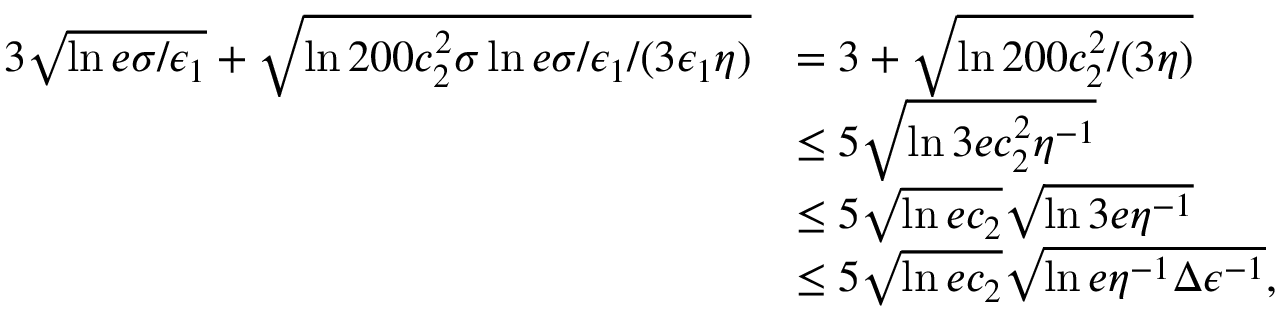
\begin{array} { r l } { 3 \sqrt { \ln { e \sigma / \epsilon _ { 1 } } } + \sqrt { \ln { 2 0 0 c _ { 2 } ^ { 2 } \sigma \ln { e \sigma / \epsilon _ { 1 } } / ( 3 \epsilon _ { 1 } \eta ) } } } & { = 3 + \sqrt { \ln { 2 0 0 c _ { 2 } ^ { 2 } / ( 3 \eta ) } } } \\ & { \le 5 \sqrt { \ln { 3 e c _ { 2 } ^ { 2 } \eta ^ { - 1 } } } } \\ & { \le 5 \sqrt { \ln { e c _ { 2 } } } \sqrt { \ln { 3 e \eta ^ { - 1 } } } } \\ & { \le 5 \sqrt { \ln { e c _ { 2 } } } \sqrt { \ln { e \eta ^ { - 1 } \Delta \epsilon ^ { - 1 } } } , } \end{array}